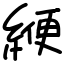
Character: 緶